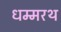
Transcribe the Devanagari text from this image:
धम्मरथ